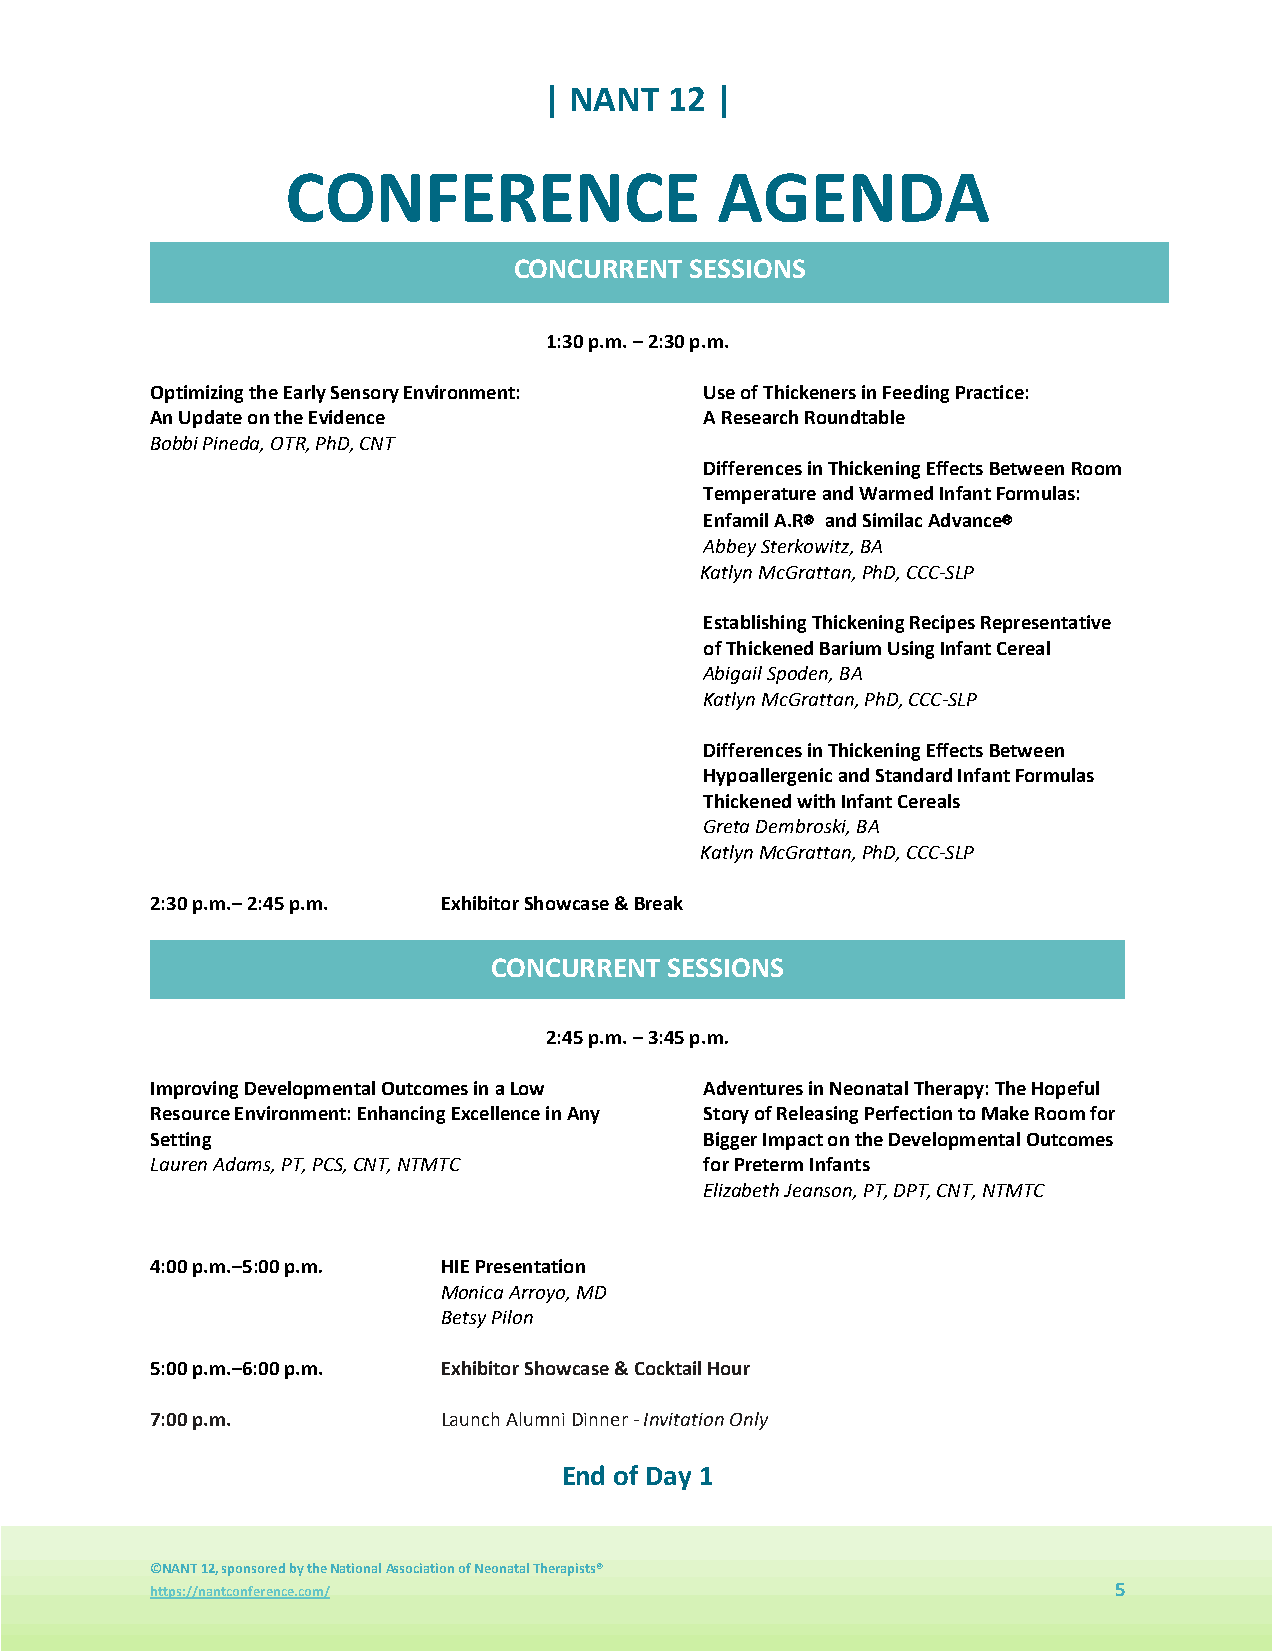
| NANT  12 |
 CONFERENCE                   AGENDA
 CONCURRENT  SESSIONS
 1:30 p.m. – 2:30 p.m.
 Optimizing the Early Sensory Environment: Use of Thickeners in Feeding Practice:
 An Update on the Evidence            A Research Roundtable
 Bobbi Pineda, OTR, PhD, CNT
 Differences in Thickening Effects Between Room
 Temperature and Warmed Infant Formulas:
 Enfamil A.R® and Similac Advance®
 Abbey Sterkowitz, BA
 Katlyn McGrattan, PhD, CCC-SLP
 Establishing Thickening Recipes Representative
 of Thickened Barium Using Infant Cereal
 Abigail Spoden, BA
 Katlyn McGrattan, PhD, CCC-SLP
 Differences in Thickening Effects Between
 Hypoallergenic and Standard Infant Formulas
 Thickened with Infant Cereals
 Greta Dembroski, BA
 Katlyn McGrattan, PhD, CCC-SLP
 2:30 p.m.– 2:45 p.m. Exhibitor Showcase & Break
 CONCURRENT SESSIONS
 2:45 p.m. – 3:45 p.m.
 Improving Developmental Outcomes in a Low Adventures in Neonatal Therapy: The Hopeful
 Resource Environment: Enhancing Excellence in Any Story of Releasing Perfection to Make Room for
 Setting                              Bigger Impact on the Developmental Outcomes
 Lauren Adams, PT, PCS, CNT, NTMTC    for Preterm Infants
 Elizabeth Jeanson, PT, DPT, CNT, NTMTC
 4:00 p.m.–5:00 p.m. HIE Presentation
 Monica Arroyo, MD
 Betsy Pilon
 5:00 p.m.–6:00 p.m. Exhibitor Showcase & Cocktail Hour
 7:00 p.m.          Launch Alumni Dinner - Invitation Only
 End of Day 1
 ©NANT 12, sponsored by the National Association of Neonatal Therapists®
 https://nantconference.com/                                     5